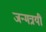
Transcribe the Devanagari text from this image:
जन्मत्रयी